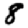
Digit: 8